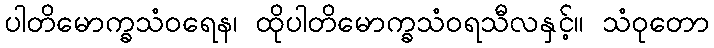
ပါတိမောက္ခသံဝရေန၊ ထိုပါတိမောက္ခသံဝရသီလနှင့်။ သံဝုတော